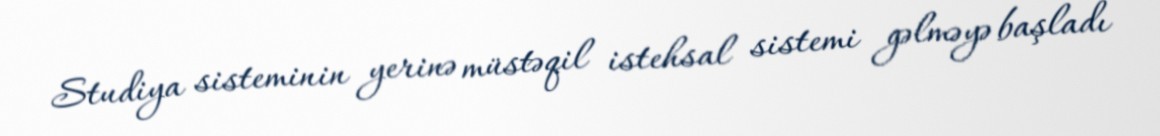
Studiya sisteminin yerinə müstəqil istehsal sistemi gəlməyə başladı